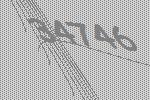
34746